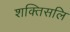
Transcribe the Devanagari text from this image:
शक्तिसलि